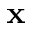
\mathbf { x }